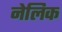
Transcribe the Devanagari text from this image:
नेलिक